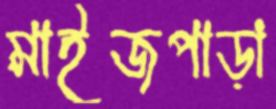
মাইজপাড়া